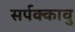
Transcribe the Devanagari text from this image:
सर्पक्कावु